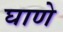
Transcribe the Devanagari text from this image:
घाणे